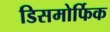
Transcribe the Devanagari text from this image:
डिसमोर्फिक